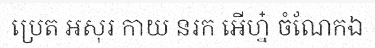
ប្រេត អសុរ កាយ នរក អើហ្ន៎ ចំណែកឯ